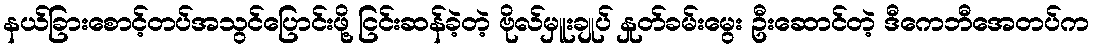
နယ်ခြားစောင့်တပ်အသွင်ပြောင်းဖို့ ငြင်းဆန်ခဲ့တဲ့ ဗိုလ်မှူးချုပ် နှုတ်ခမ်းမွေး ဦးဆောင်တဲ့ ဒီကေဘီအေတပ်က